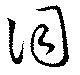
詞